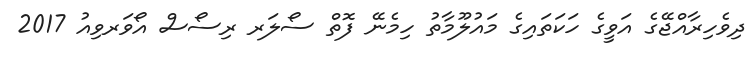
ދިވެހިރާއްޖޭގެ އަވީގެ ހަކަތައިގެ މައުލޫމާތު ހިމެނޭ ފޮތް ސޯލަރ ރިސޯސް އޯވަރވިއު 2017